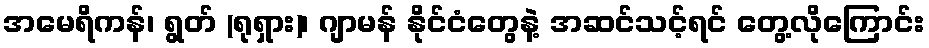
အမေရိကန်၊ ရွတ် (ရုရှား)၊ ဂျာမန် နိုင်ငံတွေနဲ့ အဆင်သင့်ရင် တွေ့လိုကြောင်း